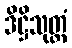
ဒိဋ္ဌိသုတ္တံ